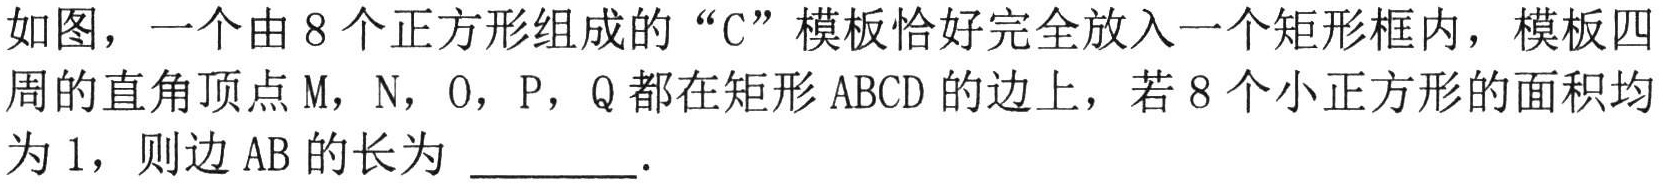
如图，一个由8个正方形组成的“C”模板恰好完全放入一个矩形框内，模板四
周的直角顶点M，N，O，P，Q都在矩形ABCD的边上，若8个小正方形的面积均
为1，则边AB的长为 \_\_\_\_\_．